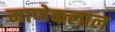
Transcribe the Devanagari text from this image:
माणेकलाल